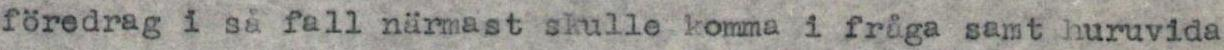
föredrag i så fall närmast skulle komma i fråga samt huruvida